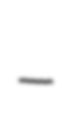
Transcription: –